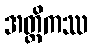
အတ္ထိကဿ